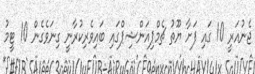
ޖެނުއަރީ 10 ގައި ފަށާ ޔޫތު ޗެމްޕިއަންޝިޕްގައި ބައިވެރިކުރާނީ ގިނަވެގެން 10 ޓީމު